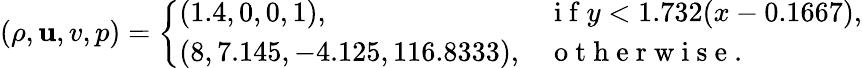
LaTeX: (\rho,\mathbf{u},v,p)=\left\{ \begin{array}{ll}{(1.4,0,0,1),}&{\mathrm{~i~f~}y<1.732(x-0.1667),}\\ {(8,7.145,-4.125,116.8333),}&{\mathrm{~o~t~h~e~r~w~i~s~e~.~}}\end{array}\right.